Eesti_Vabariigi_Tartu_Ulikool, lk 133
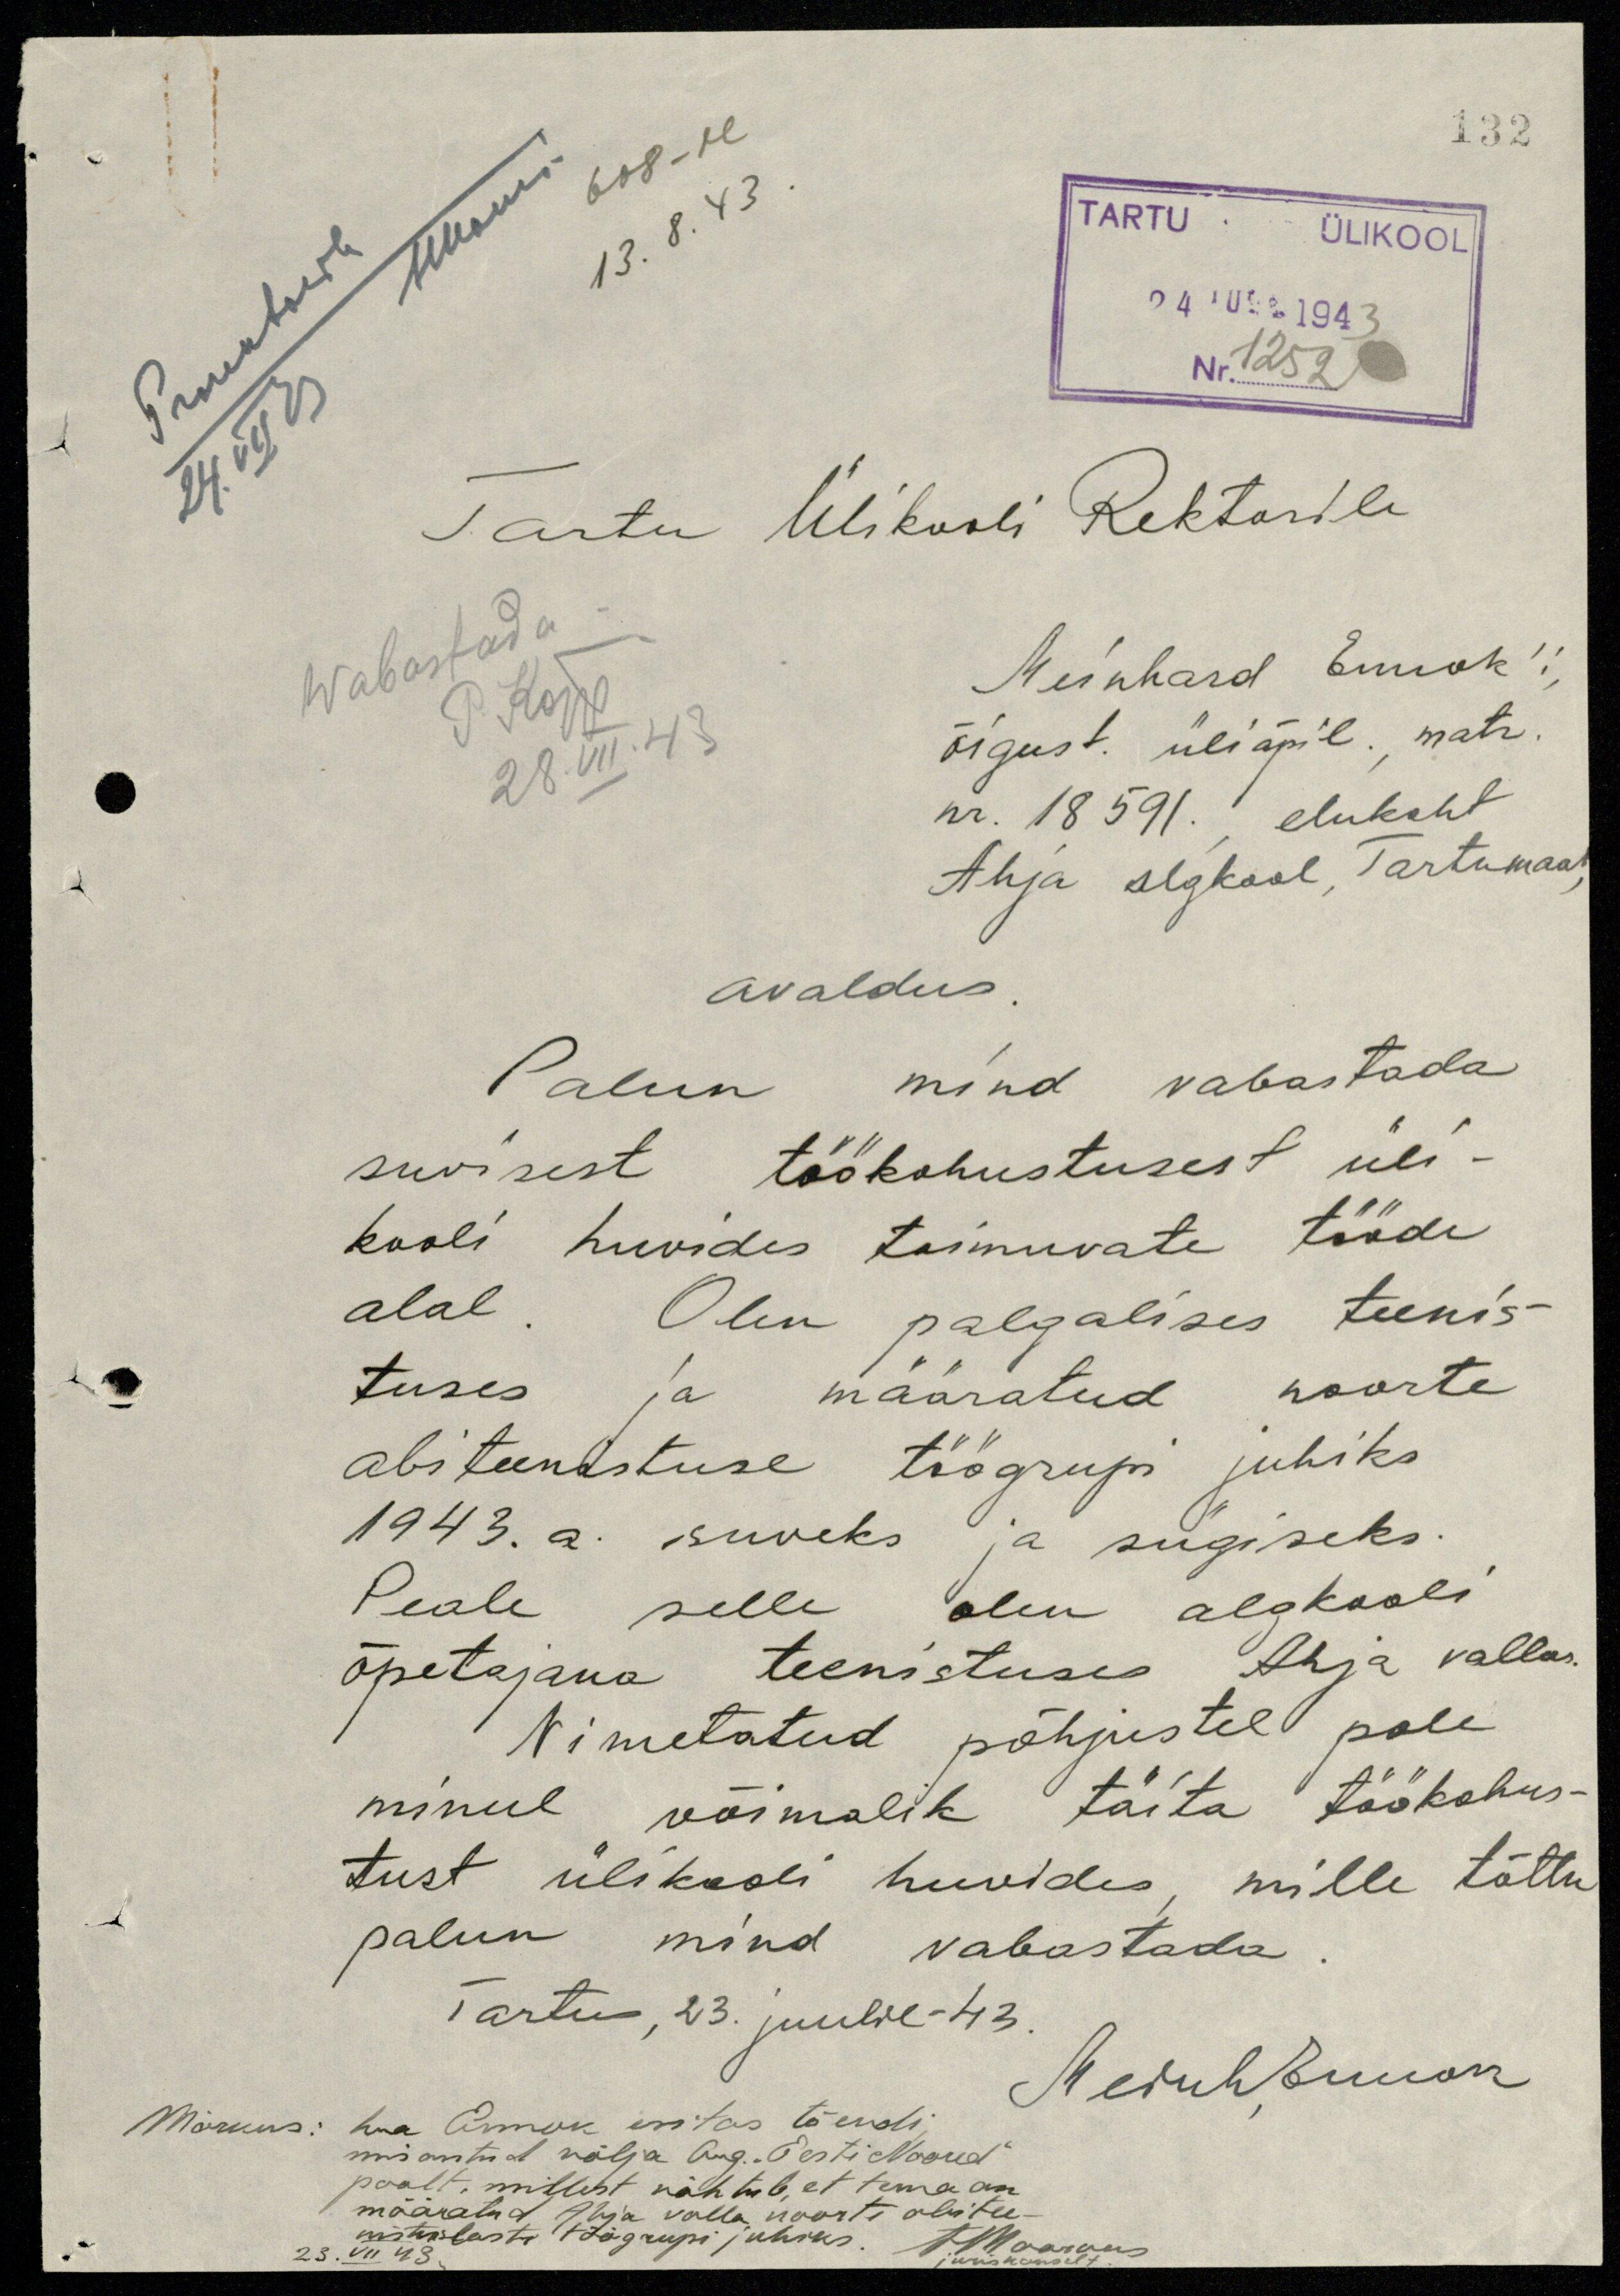
132
H.Konis
608-M
24. VII 43
13. 8. 43
TARTU ÜLIKOOL
24. AUG. 1943
Nr. 1252
Tartu Ülikooli Rektorile
Wabastada
P. Kõpp.
28. VII. 43
Meinhard Ennok'i,
õigust. üliõpil., matr.
nr. 18 591., elukoht
Ahja algkool, Tartumaal,
avaldus.
Palun mind vabastada
suvisest töökohustusest üli-
kooli huvides toimuvate tööde
alal. Olen palgalises teenis-
tuses ja määratud noorte
abiteenistuse töögrupi juhiks
1943. a. suveks ja sügiseks.
Peale selle olen algkooli
õpetajana teenistuses Ahja vallas.
Nimetatud põhjustel pole
minul võimalik täita töökohus-
tust ülikooli huvides, mille tõttu
palun mind vabastada.
Tartus, 23. juulil - 43.
Meinh, Ennok
Märkus: hra Ennok esitas tõendi
mis antud välja Aug. "Eesti Noored"
poolt, millest nähtub, et tema on
määratud Ahja valla noorte abitee-
nistuslaste töögrupi juhiks.
SMaarkus
23. VII 43
juriskonsult.